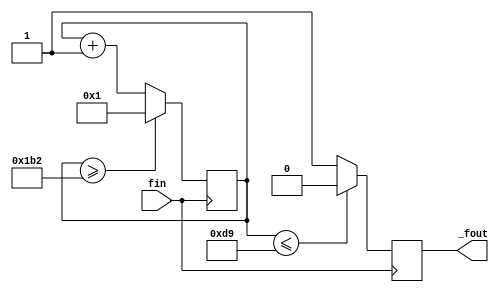
/*
DE10 std. (50MHz)"434" 115200Hz 
*/
module fDIV_115200HZ(

		input 	  fin,
		output reg _fout

);

wire [31:0] DIVN;
wire [31:0] _DIVN;
wire 			fout;
reg  [31:0] count;

                      
assign DIVN = 32'd434;//434                          
assign _DIVN = {1'b0,DIVN[31:1]};//DIVN DIVN 2

//  = 434  50MHz 434""
//  + 
//     434/2 clk(50MHz)



always @(posedge fin) //
	if(count >= DIVN) //countDIVNcount1count+1
		count <= 32'd1;
	else
		count <= count+32'd1;
		
assign fout = (count <= _DIVN)?1'b0:1'b1;//count_DIVNfout01


always @(negedge fin)
		_fout <= fout; // clk

endmodule